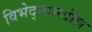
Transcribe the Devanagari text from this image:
विभेद्नामधील